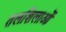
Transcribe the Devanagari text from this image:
तलशिलाओं